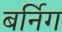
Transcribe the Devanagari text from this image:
बर्निग